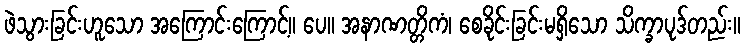
ဖဲသွားခြင်းဟူသော အကြောင်းကြောင့်။ ပေ။ အနာဏတ္တိကံ၊ စေခိုင်းခြင်းမရှိသော သိက္ခာပုဒ်တည်း။